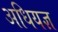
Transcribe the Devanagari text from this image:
अधियज्ञ